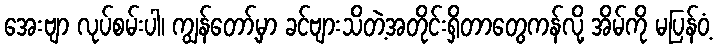
အေးဗျာ လုပ်စမ်းပါ၊ ကျွန်တော့်မှာ ခင်ဗျားသိတဲ့အတိုင်းရှိတာတွေကန်လို့ အိမ်ကို မပြန်ဝံ့